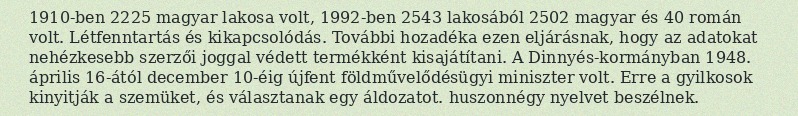
1910-ben 2225 magyar lakosa volt, 1992-ben 2543 lakosából 2502 magyar és 40 román volt. Létfenntartás és kikapcsolódás. További hozadéka ezen eljárásnak, hogy az adatokat nehézkesebb szerzői joggal védett termékként kisajátítani. A Dinnyés-kormányban 1948. április 16-ától december 10-éig újfent földművelődésügyi miniszter volt. Erre a gyilkosok kinyitják a szemüket, és választanak egy áldozatot. huszonnégy nyelvet beszélnek.